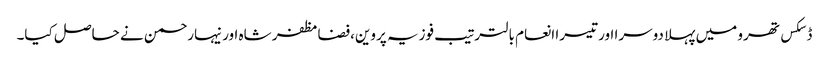
ڈسکس تھرو میں پہلا دوسرا اور تیسرا انعام بالترتیب فوزیہ پروین،فضامظفر شاہ اور نیہارحمن نے حاصل کیا۔